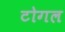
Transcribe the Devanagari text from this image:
टोगल